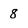
Character: 8